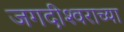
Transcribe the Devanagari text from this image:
जगदीश्‍वराच्या